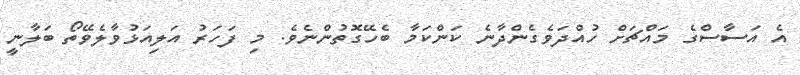
އެ އަސާސްގެ މައްޗަށް ހުއްދަވެގެންދާނެ ކަންކަމާ ބެހޭގޮތުންނެވެ. މި ފަހަރު އަލިއަޅުވާލެވޭތޯ ބަލާނީ